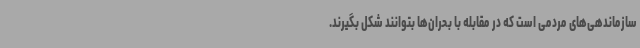
سازماندهی‌های مردمی است که در مقابله با بحران‌ها بتوانند شکل بگیرند.